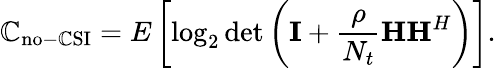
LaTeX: \mathbb{C}_{\mathrm{{no-\mathbb{C}SI}}}=E\left[\log_{2}\operatorname*{det}\left(\mathbf{{I}}+{\frac{{\rho}}{{N_{t}}}}\mathbf{{H}}\mathbf{{H}}^{H}\right)\right].